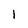
Character: 1